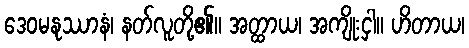
ဒေဝမနုဿာနံ၊ နတ်လူတို့၏။ အတ္ထာယ၊ အကျိုးငှါ။ ဟိတာယ၊